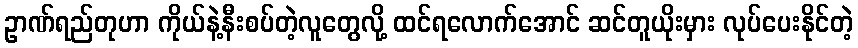
ဥာဏ်ရည်တုဟာ ကိုယ်နဲ့နီးစပ်တဲ့လူတွေလို့ ထင်ရလောက်အောင် ဆင်တူယိုးမှား လုပ်ပေးနိုင်တဲ့